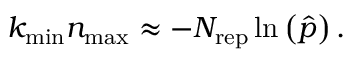
k _ { \mathrm { m i n } } n _ { \mathrm { m a x } } \approx - N _ { \mathrm { r e p } } \ln \left( \widehat { p } \right) .